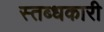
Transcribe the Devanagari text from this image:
स्‍तब्‍धकारी